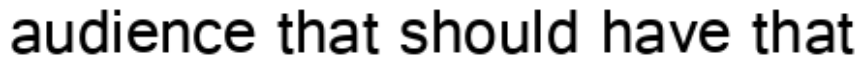
audience that should have that